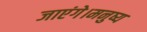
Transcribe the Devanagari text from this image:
जाएंगे।मनुष्य